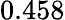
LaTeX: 0.458